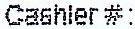
CASHIER #: